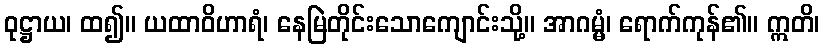
ဝုဋ္ဌာယ၊ ထ၍။ ယထာဝိဟာရံ၊ နေမြဲတိုင်းသောကျောင်းသို့။ အာဂမ္မံ၊ ရောက်ကုန်၏။ ဣတိ၊